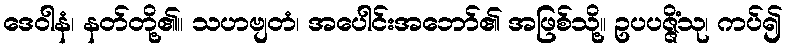
ဒေဝါနံ၊ နတ်တို့၏။ သဟဗျတံ၊ အပေါင်းအဘော်၏ အဖြစ်သို့။ ဥပပဇ္ဇိံသု၊ ကပ်၍